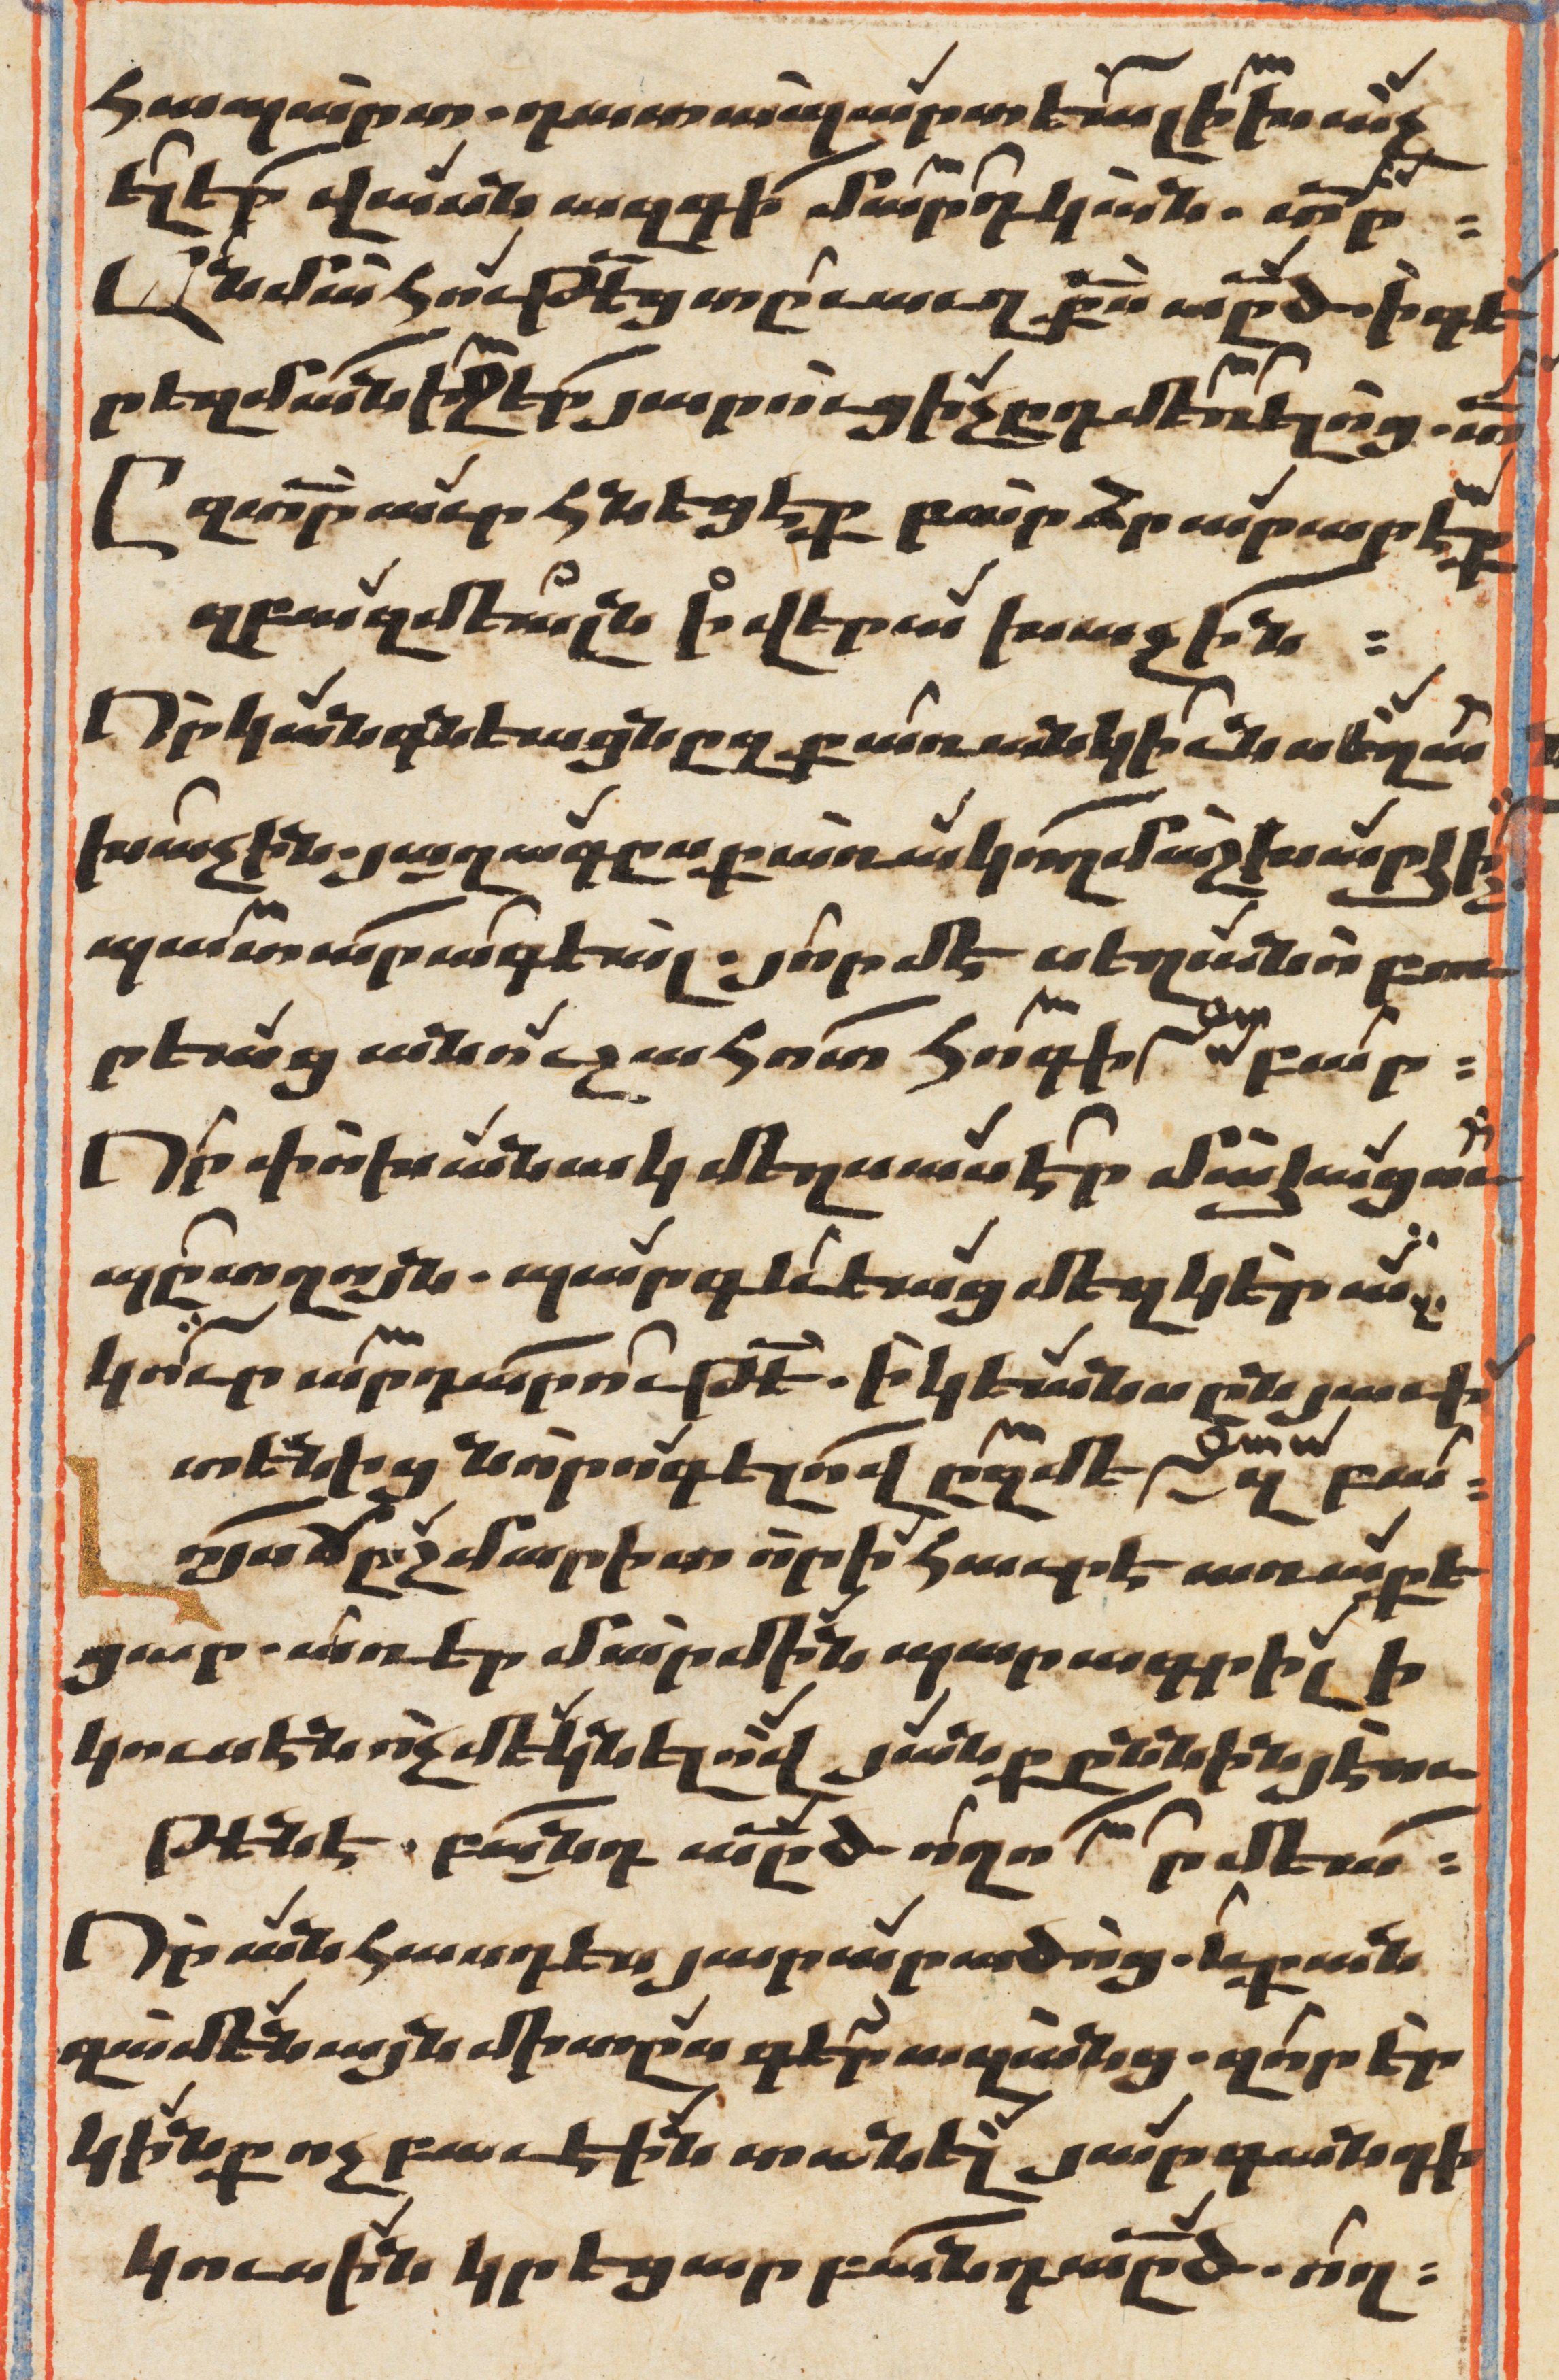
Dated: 1647–1647